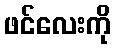
ဖင်လေးကို